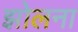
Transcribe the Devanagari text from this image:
झोलना